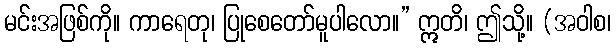
မင်းအဖြစ်ကို။ ကာရေတု၊ ပြုစေတော်မူပါလော။” ဣတိ၊ ဤသို့။ (အဝါစ၊